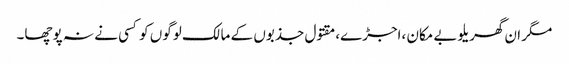
مگر ان گھریلوبے مکان ،اجڑے،مقتول جذبوں کے مالک لوگوں کو کسی نے نہ پوچھا۔